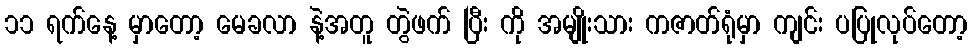
၁၁ ရက်နေ့ မှာတော့ မေခလာ နဲ့အတူ တွဲဖက် ပြီး ကို အမျိုးသား ကဇာတ်ရုံမှာ ကျင်း ပပြုလုပ်တော့